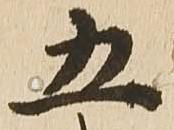
五